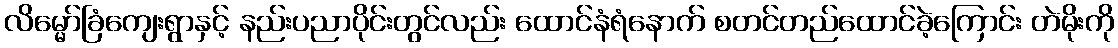
လိမ္မော်ခြံကျေးရွာနှင့် နည်းပညာပိုင်းတွင်လည်း ထောင်နံရံနောက် စတင်တည်ထောင်ခဲ့ကြောင်း တဲမိုးကို